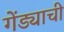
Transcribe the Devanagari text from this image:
गेंड्याची